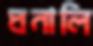
ঘনালি